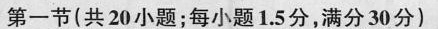
第一节(共 20小题;每小题1.5分,满分30分)